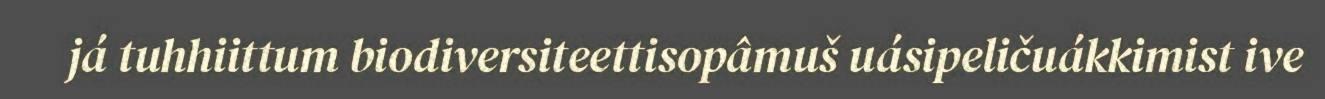
já tuhhiittum biodiversiteettisopâmuš uásipeličuákkimist ive